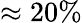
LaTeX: \approx 20\%